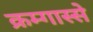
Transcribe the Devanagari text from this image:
क्रम्गास्से